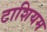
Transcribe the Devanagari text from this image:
टाशियम